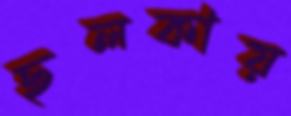
ছলকায়